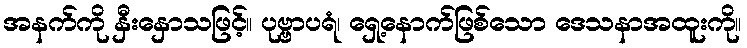
အနက်ကို နှီးနှောသဖြင့်။ ပုဗ္ဗာပရံ၊ ရှေ့နောက်ဖြစ်သော ဒေသနာအထူးကို။